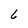
Character: 6